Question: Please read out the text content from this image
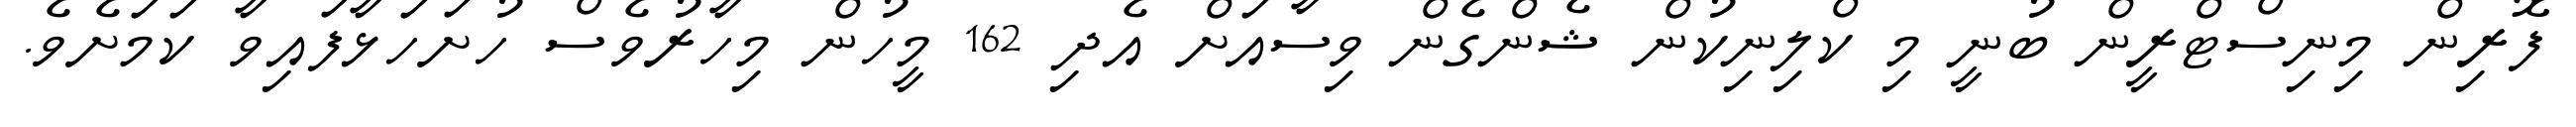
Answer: ފޮރިން މިނިސްޓްރީން ބުނީ މި ކްލިނިކުން ޝެންގެން ވިސާއަށް އެދި 162 މީހުން މިހާރުވެސް ހުށަހަޅާފައިވާ ކަމަށެވެ.